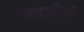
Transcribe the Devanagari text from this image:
कहानीयोँ